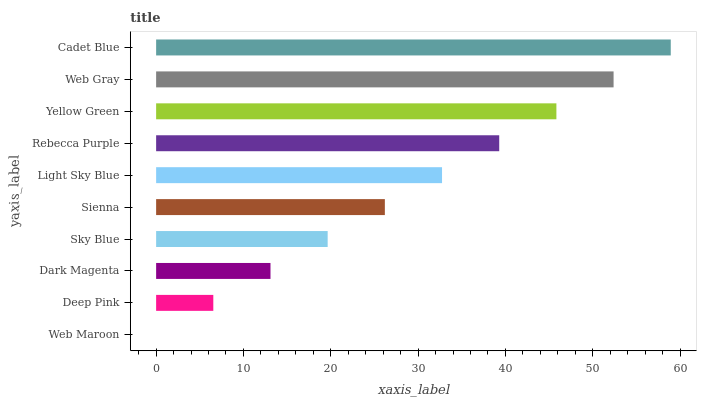
| yaxis_label | bars |
 | --- | --- |
 | Web Maroon | 0 |
 | Deep Pink | 6.55 |
 | Dark Magenta | 13.1 |
 | Sky Blue | 19.6 |
 | Sienna | 26.2 |
 | Light Sky Blue | 32.7 |
 | Rebecca Purple | 39.3 |
 | Yellow Green | 45.8 |
 | Web Gray | 52.4 |
 | Cadet Blue | 58.9 |